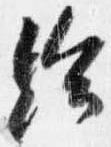
給